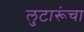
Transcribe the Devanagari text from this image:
लुटारूंचा